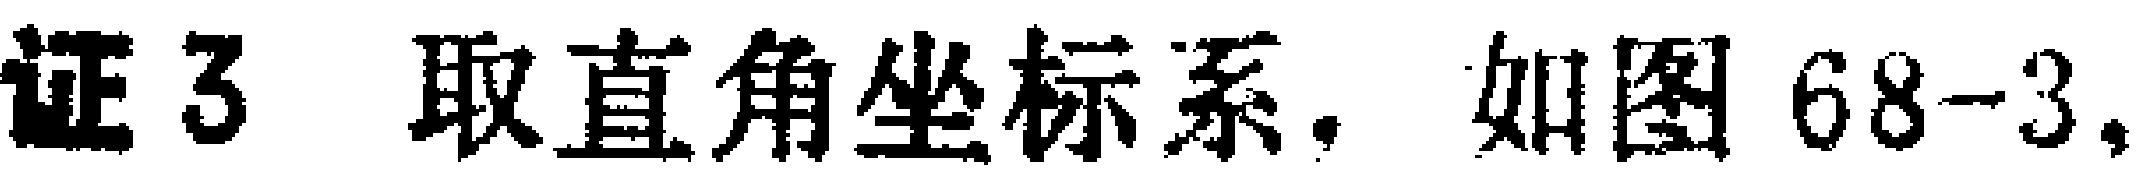
证 3 取直角坐标系. 如图 68-3,